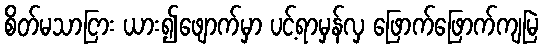
စိတ်မသာငြား ယား၍ဖျောက်မှာ ပင့်ရာမှန်လှ ဖြောက်ဖြောက်ကျမြဲ